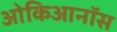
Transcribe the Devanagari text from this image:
ओकिआनॉस